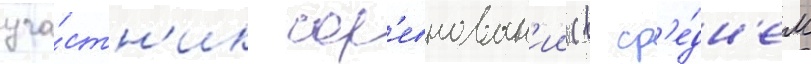
уча́стн'ик сор'евнован'ии (в ср'е́дн'ем